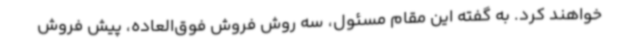
خواهند کرد. به گفته این مقام مسئول، سه روش فروش فوق‌العاده، پیش فروش